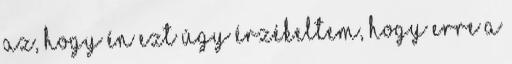
az, hogy én ezt úgy érzékeltem, hogy erre a